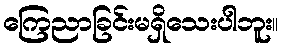
ကြေညာခြင်းမရှိသေးပါဘူး။